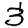
Digit: 3